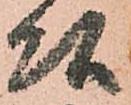
頭